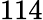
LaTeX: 114